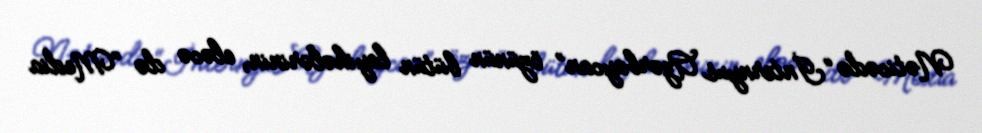
Nəticədə “İnternyus Azərbaycan” özünün bütün layihələrinin, eləcə də “Media